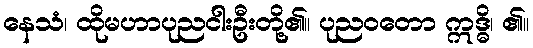
နေသံ၊ ထိုမဟာပုညငါးဦးတို့၏။ ပုညဝတော ဣဒ္ဓိ၊ ၏။